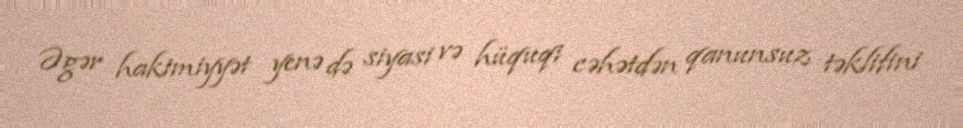
Əgər hakimiyyət yenə də siyasi və hüquqi cəhətdən qanunsuz təklifini